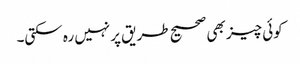
کوئی چیز بھی صحیح طریق پرنہیں رہ سکتی۔